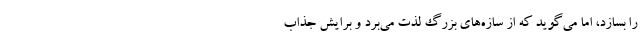
را بسازد، اما می‌گوید که از سازه‌های بزرگ لذت می‌برد و برایش جذاب